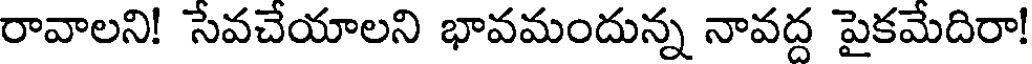
రావాలని! సేవచేయాలని భావమందున్న నావద్ద పైకమేదిరా